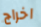
اخراج